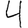
Digit: 4